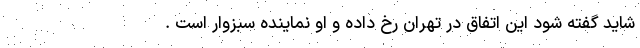
شاید گفته شود این اتفاق در تهران رخ داده و او نماینده سبزوار است .